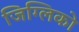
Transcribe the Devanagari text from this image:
जिग्लिको